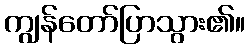
ကျွန်တော်ပြာသွား၏။